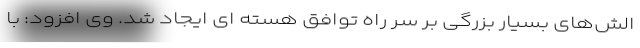
الش‌های بسیار بزرگی بر سر راه توافق هسته ای ایجاد شد. وی افزود: با